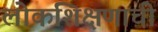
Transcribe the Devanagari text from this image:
लोकशिक्षणाची